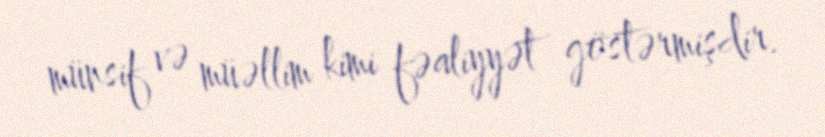
münsif və müəllim kimi fəaliyyət göstərmişdir.